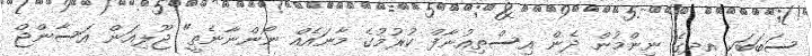
ސަބަބަކީ އދގެ ނިންމުން ދެން އިސްތިއުނާފް ކުރުމުގެ މާނައެއް ނޯންނާނެތީ" ޖޫލިއަން އަސާންޖް